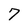
Character: 7